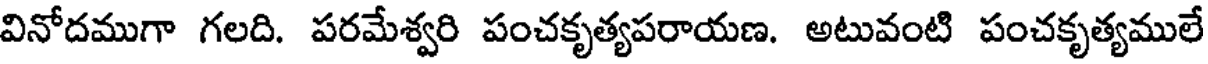
వినోదముగా గలది. పరమేశ్వరి పంచకృత్యపరాయణ. అటువంటి పంచకృత్యములే